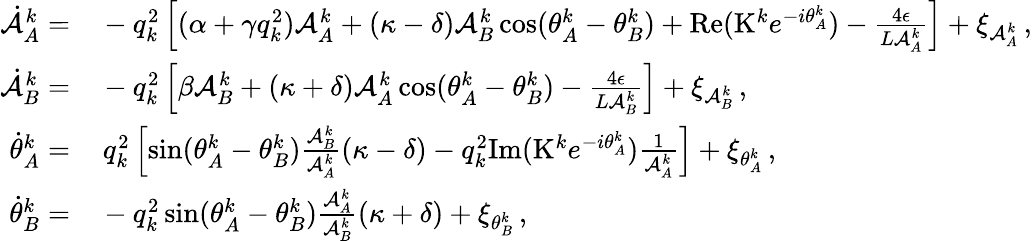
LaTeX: \begin{array}{rl}{\dot{\mathcal{A}}_{A}^{k}=}&{{}-q_{k}^{2}\left[(\alpha+\gamma q_{k}^{2})\mathcal{A}_{A}^{k}+(\kappa-\delta)\mathcal{A}_{B}^{k}\cos(\theta_{A}^{k}-\theta_{B}^{k})+\mathrm{Re}(\mathrm{K}^{k}e^{-i\theta_{A}^{k}})-\frac{4\epsilon}{L\mathcal{A}_{A}^{k}}\right]+\xi_{\mathcal{A}_{A}^{k}}\, ,}\\ {\dot{\mathcal{A}}_{B}^{k}=}&{{}-q_{k}^{2}\left[\beta\mathcal{A}_{B}^{k}+(\kappa+\delta)\mathcal{A}_{A}^{k}\cos(\theta_{A}^{k}-\theta_{B}^{k})-\frac{4\epsilon}{L\mathcal{A}_{B}^{k}}\right]+\xi_{\mathcal{A}_{B}^{k}}\, ,}\\ {\dot{\theta}_{A}^{k}=}&{{}\, q_{k}^{2}\left[\sin(\theta_{A}^{k}-\theta_{B}^{k})\frac{\mathcal{A}_{B}^{k}}{\mathcal{A}_{A}^{k}}(\kappa-\delta)-q_{k}^{2}\mathrm{Im}(\mathrm{K}^{k}e^{-i\theta_{A}^{k}})\frac{1}{\mathcal{A}_{A}^{k}}\right]+\xi_{\theta_{A}^{k}}\, ,}\\ {\dot{\theta}_{B}^{k}=}&{{}-q_{k}^{2}\sin(\theta_{A}^{k}-\theta_{B}^{k})\frac{\mathcal{A}_{A}^{k}}{\mathcal{A}_{B}^{k}}(\kappa+\delta)+\xi_{\theta_{B}^{k}}\, ,}\end{array}